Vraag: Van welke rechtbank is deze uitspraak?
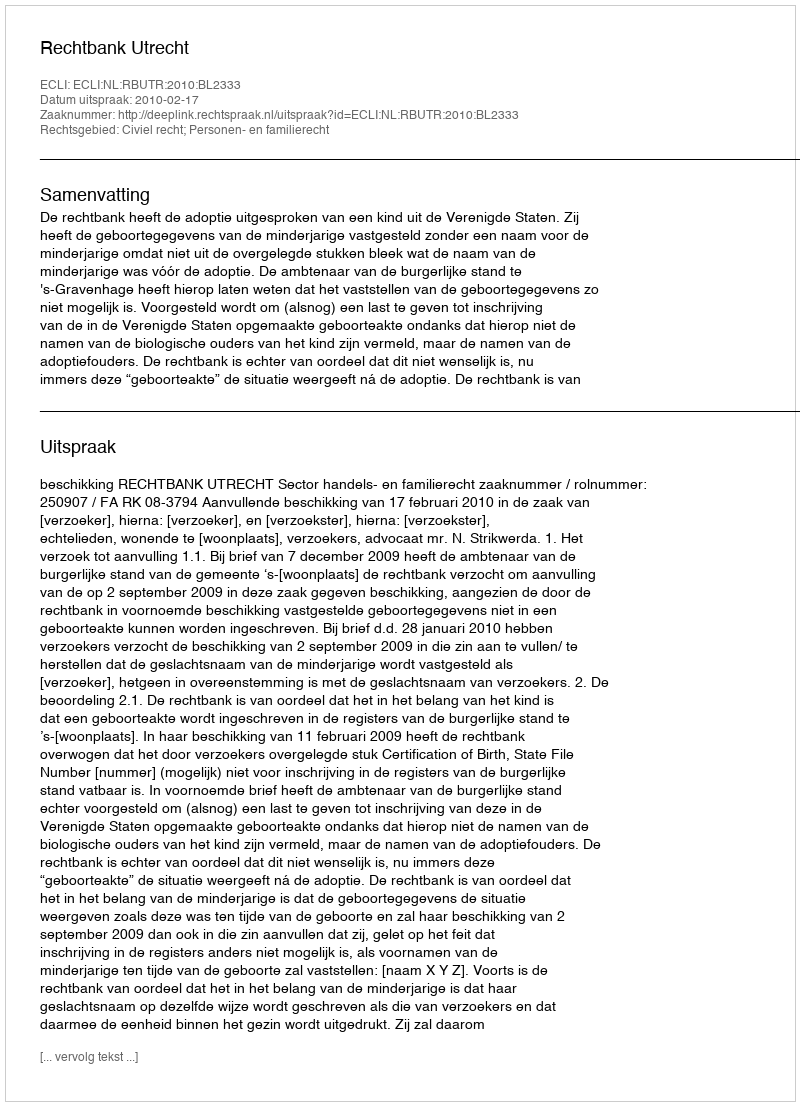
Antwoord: Rechtbank Utrecht